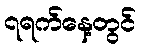
၇ရက်နေ့တွင်